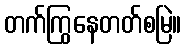
တက်ကြွနေတတ်စမြဲ။